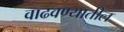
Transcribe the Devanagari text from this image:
वाढवण्यातील